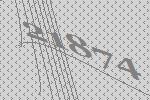
21874